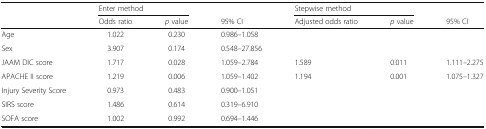
<table><thead><tr><td rowspan="2"></td><td colspan="2"><b>Enter method</b></td><td></td><td colspan="2"><b>Stepwise method</b></td><td></td></tr><tr><td><b>Odds ratio</b></td><td><b><i>p</i> value</b></td><td><b>95% CI</b></td><td><b>Adjusted odds ratio</b></td><td><b><i>p</i> value</b></td><td><b>95% CI</b></td></tr></thead><tbody><tr><td>Age</td><td>1.022</td><td>0.230</td><td>0.986–1.058</td><td></td><td></td><td></td></tr><tr><td>Sex</td><td>3.907</td><td>0.174</td><td>0.548–27.856</td><td></td><td></td><td></td></tr><tr><td>JAAM DIC score</td><td>1.717</td><td>0.028</td><td>1.059–2.784</td><td>1.589</td><td>0.011</td><td>1.111–2.275</td></tr><tr><td>APACHE II score</td><td>1.219</td><td>0.006</td><td>1.059–1.402</td><td>1.194</td><td>0.001</td><td>1.075–1.327</td></tr><tr><td>Injury Severity Score</td><td>0.973</td><td>0.483</td><td>0.900–1.051</td><td></td><td></td><td></td></tr><tr><td>SIRS score</td><td>1.486</td><td>0.614</td><td>0.319–6.910</td><td></td><td></td><td></td></tr><tr><td>SOFA score</td><td>1.002</td><td>0.992</td><td>0.694–1.446</td><td></td><td></td><td></td></tr></tbody></table>